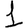
Digit: 1